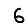
Digit: 6